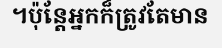
។ប៉ុន្តែអ្នកក៏ត្រូវតែមាន